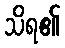
သိရ၏